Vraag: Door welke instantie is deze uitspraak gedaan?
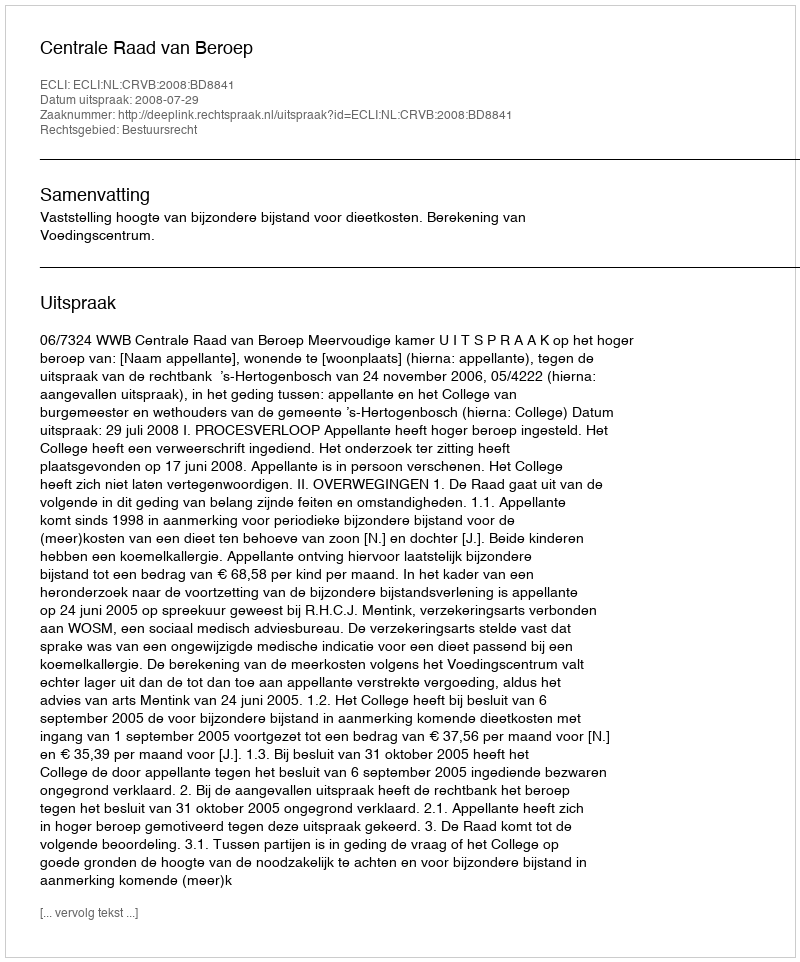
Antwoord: Centrale Raad van Beroep